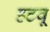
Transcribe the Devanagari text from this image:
हटवू